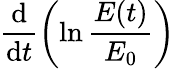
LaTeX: \frac{\textrm{d}}{\textrm{d}t}\left(\ln\frac{E(t)}{E_{0}}\right)